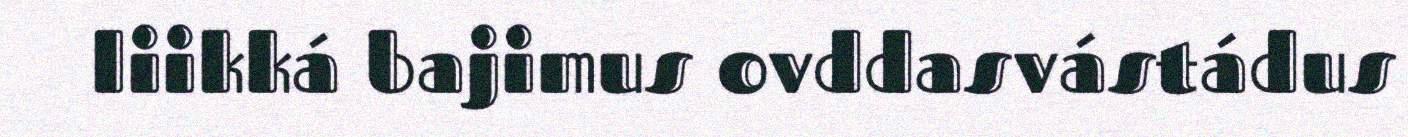
liikká bajimus ovddasvástádus